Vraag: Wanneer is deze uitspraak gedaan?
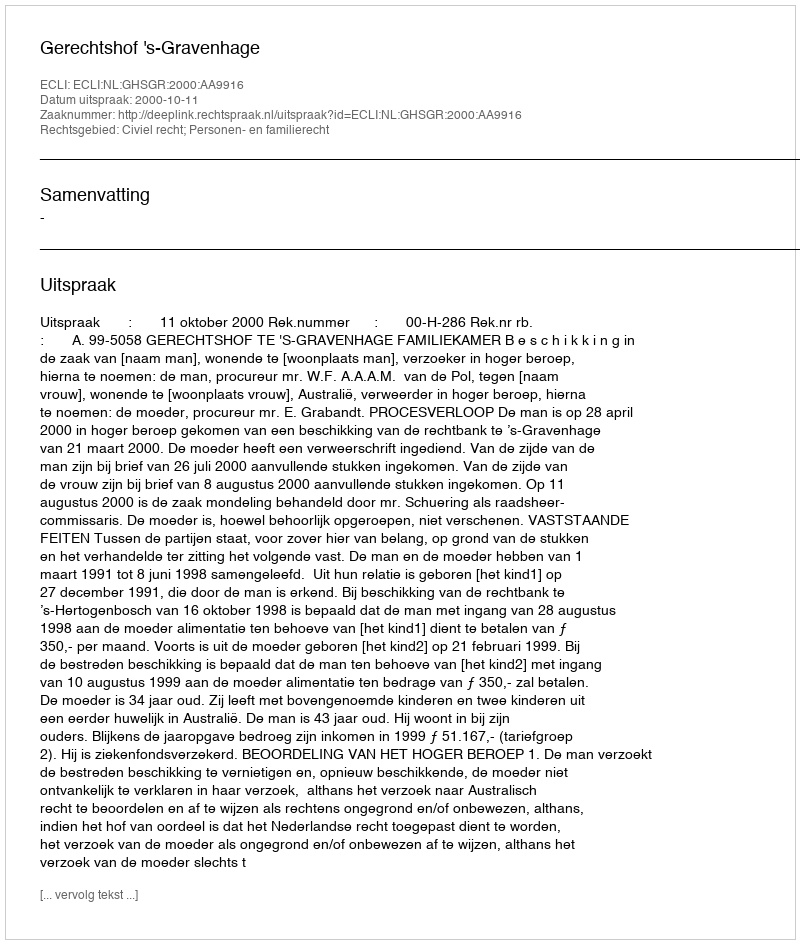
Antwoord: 2000-10-11